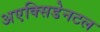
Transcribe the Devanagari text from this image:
अएक्सिडेनटल